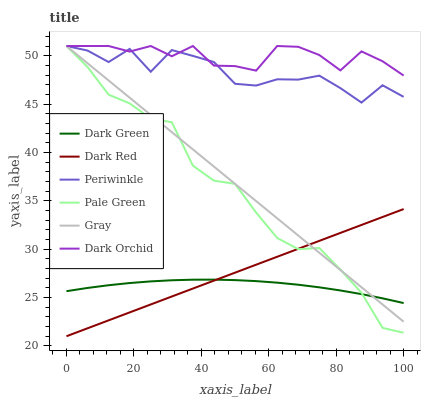
| xaxis_label | Dark Green | Dark Red | Periwinkle | Pale Green | Gray | Dark Orchid |
 | --- | --- | --- | --- | --- | --- | --- |
 | 0 | 25.7 | 21 | 51 | 51 | 51 | 51 |
 | 6.25 | 26 | 21.8 | 50.5 | 48.8 | 49.2 | 51 |
 | 12.5 | 26.3 | 22.6 | 49.3 | 46 | 47.4 | 51 |
 | 18.8 | 26.5 | 23.5 | 50.7 | 45.1 | 45.7 | 50.4 |
 | 25 | 26.7 | 24.3 | 48.3 | 43.5 | 43.9 | 51 |
 | 31.2 | 26.8 | 25.1 | 50.6 | 43.1 | 42.1 | 49.9 |
 | 37.5 | 26.8 | 25.9 | 50 | 38.6 | 40.3 | 51 |
 | 43.8 | 26.9 | 26.8 | 49.3 | 37.1 | 38.5 | 49 |
 | 50 | 26.8 | 27.6 | 47.1 | 36.8 | 36.8 | 48.9 |
 | 56.2 | 26.7 | 28.4 | 46.9 | 33.8 | 35 | 48.5 |
 | 62.5 | 26.5 | 29.2 | 47.6 | 31.2 | 33.2 | 51 |
 | 68.8 | 26.3 | 30 | 47.5 | 30 | 31.4 | 50.9 |
 | 75 | 26.1 | 30.9 | 47.9 | 30.1 | 29.6 | 50.1 |
 | 81.2 | 25.7 | 31.7 | 46.6 | 27.9 | 27.8 | 48.5 |
 | 87.5 | 25.4 | 32.5 | 45.2 | 25.5 | 26.1 | 50.4 |
 | 93.8 | 24.9 | 33.3 | 46.9 | 21.9 | 24.3 | 49.4 |
 | 100 | 24.4 | 34.1 | 45.7 | 21.4 | 22.5 | 47.9 |